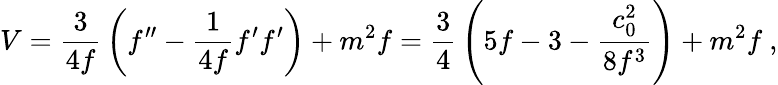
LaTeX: V={\frac{3}{4f}}\left(f^{\prime\prime}-{\frac{1}{4f}}f^{\prime}f^{\prime}\right)+m^{2}f={\frac{3}{4}}\left(5f-3-{\frac{c_{0}^{2}}{8f^{3}}}\right)+m^{2}f\ ,